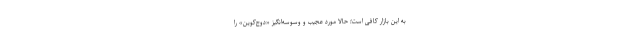
به این بازار کافی است؛ حالا مورد عجیب و وسوسه‌انگیز «دوج‌کوین» را